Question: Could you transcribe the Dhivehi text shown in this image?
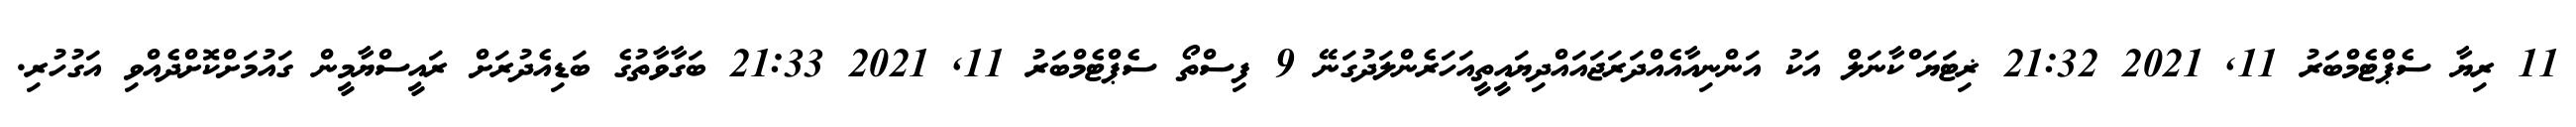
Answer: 11 ރިޔާ ސެޕްޓެމްބަރު 11, 2021 21:32 ޜިޓަޔަޱްކާނަލް އަކު އަންނިއާއެއްދަރަޖައައްދިޔައީތީއަހަރެންލަދުގަނޭ 9 ފިސްތޯ ސެޕްޓެމްބަރު 11, 2021 21:33 ބަގާވާތުގެ ބަޑިއެދުރަށް ރައީސްޔާމީން ގައުމަށްކޮށްދެއްވި އަގުހުރި.